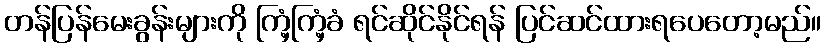
တန်ပြန်မေးခွန်းများကို ကြံ့ကြံ့ခံ ရင်ဆိုင်နိုင်ရန် ပြင်ဆင်ထားရပေတော့မည်။